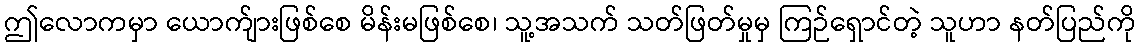
ဤလောကမှာ ယောက်ျားဖြစ်စေ မိန်းမဖြစ်စေ၊ သူ့အသက် သတ်ဖြတ်မှုမှ ကြဉ်ရှောင်တဲ့ သူဟာ နတ်ပြည်ကို